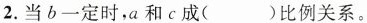
2. 当b一定时，a和c成()比例关系。3.当c一定时，a和b成 ( ) 比例关系。